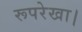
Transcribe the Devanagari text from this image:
रूपरेखा।